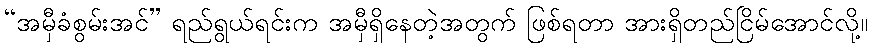
“အမှီခံစွမ်းအင်” ရည်ရွယ်ရင်းက အမှီရှိနေတဲ့အတွက် ဖြစ်ရတာ အားရှိတည်ငြိမ်အောင်လို့။